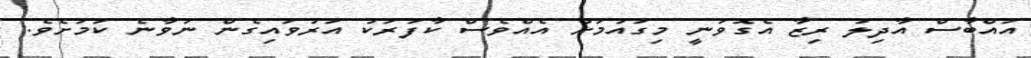
އައްބާސް އާދިލު ރިޒާ އެގޮވަނީ މިގައުމަށް އެއްވެސް ކާފަރަކު އަރުވައިގެން ނުވާނެ ކަމަށެވެ.